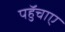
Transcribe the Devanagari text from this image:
पहुॅचाए